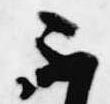
不